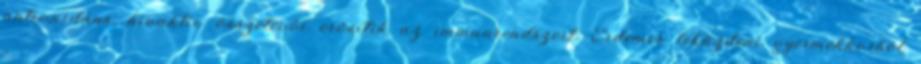
antioxidáns, bioaktív összetevői erősítik az immunrendszert. Érdemes leküzdeni gyermekkorból